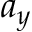
a _ { y }